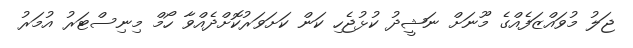
ޖަލު މުވައްޒަފެއްގެ މޫނަށް ނަޝީދު ކުޅުޖެހި ކަން ކަށަވަރުކޮށްދެއްވާ ހޯމް މިނިސްޓަރު އުމަރު